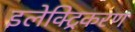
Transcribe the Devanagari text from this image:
इलेक्ट्रिकरण